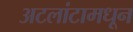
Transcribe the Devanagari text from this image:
अटलांटामधून